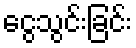
ငွေသွင်းခြင်း